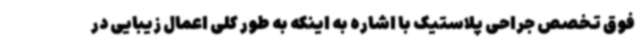
فوق تخصص جراحی پلاستیک با اشاره به اینکه به طور کلی اعمال زیبایی در